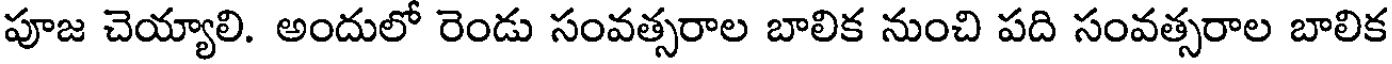
పూజ చెయ్యాలి. అందులో రెండు సంవత్సరాల బాలిక నుంచి పది సంవత్సరాల బాలిక